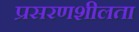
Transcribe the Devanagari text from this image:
प्रसरणशीलता